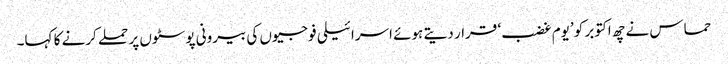
حماس نے چھ اکتوبر کو ’یوم غضب‘ قرار دیتے ہوئے اسرائیلی فوجیوں کی بیرونی پوسٹوں پر حملے کرنے کا کہا۔